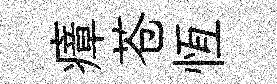
瘴苍恆